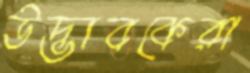
উদ্ভাবকেরা